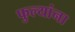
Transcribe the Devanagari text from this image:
फुल्यांना